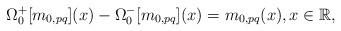
LaTeX: \begin{align*}\Omega^{+}_{0}[m_{0,pq}](x)-\Omega^{-}_{0}[m_{0,pq}](x)=m_{0,pq}(x), x\in {\mathbb R},\end{align*}